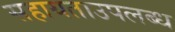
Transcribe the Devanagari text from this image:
सहायताउपलब्ध